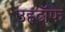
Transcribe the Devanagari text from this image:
उहटॉफ